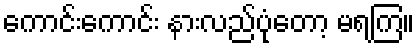
ကောင်းကောင်း နားလည်ပုံတော့ မရကြ။